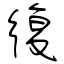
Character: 復